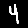
Digit: 4